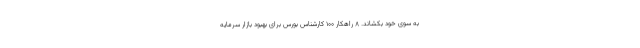
به سوی خود بکشاند. ۸ راهکار ۱۰۰ کارشناس بورس برای بهبود بازار سرمایه